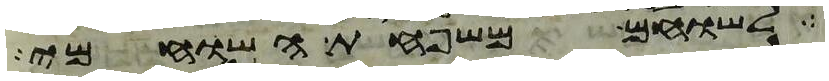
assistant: לשוחם משפחת השוחמי